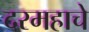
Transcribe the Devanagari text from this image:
दरमहाचे